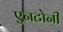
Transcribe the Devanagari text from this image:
एनटोनी